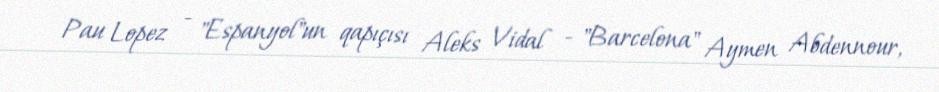
Pau Lopez - "Espanyol"un qapıçısı Aleks Vidal - "Barcelona" Aymen Abdennour,